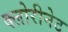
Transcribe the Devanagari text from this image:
क्लोरीनेट